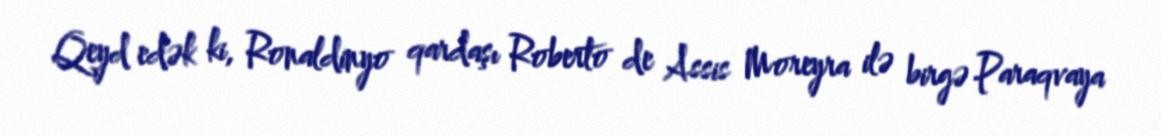
Qeyd edək ki, Ronaldinyo qardaşı Roberto de Assis Moreyra ilə birgə Paraqvaya